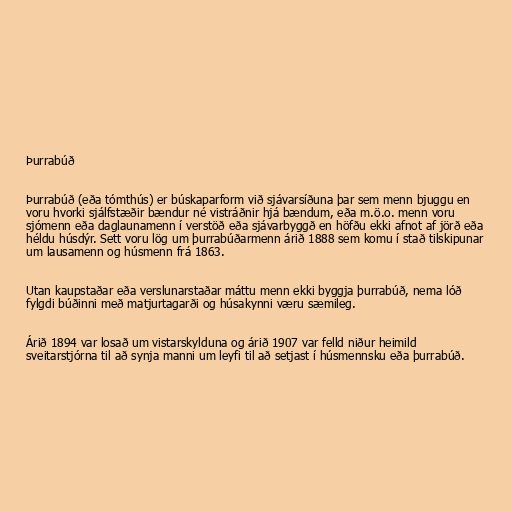
Þurrabúð

Þurrabúð (eða tómthús) er búskaparform við sjávarsíðuna þar sem menn bjuggu en
voru hvorki sjálfstæðir bændur né vistráðnir hjá bændum, eða m.ö.o. menn voru
sjómenn eða daglaunamenn í verstöð eða sjávarbyggð en höfðu ekki afnot af jörð eða
héldu húsdýr. Sett voru lög um þurrabúðarmenn árið 1888 sem komu í stað tilskipunar
um lausamenn og húsmenn frá 1863.

Utan kaupstaðar eða verslunarstaðar máttu menn ekki byggja þurrabúð, nema lóð
fylgdi búðinni með matjurtagarði og húsakynni væru sæmileg.

Árið 1894 var losað um vistarskylduna og árið 1907 var felld niður heimild
sveitarstjórna til að synja manni um leyfi til að setjast í húsmennsku eða þurrabúð.